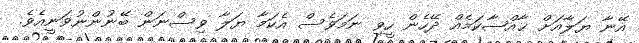
އޭނާ ޔަލާއަށް ޚާއްޞާކަމެއް ދޭހެން ހީވި ނަމަވެސް އެކަމާ ޔަލާ ވިސްނަން ބޭނުންނުވަނީއެވެ.